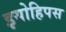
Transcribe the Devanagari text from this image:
इयोहिपस